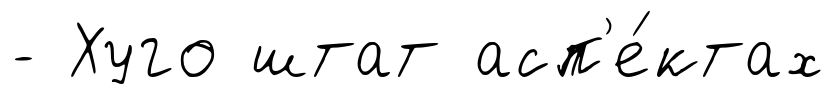
- Хуго штат асп'е́ктах